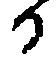
候